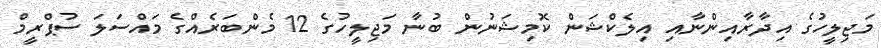
މަޖިލީހުގެ އިދާރާއިންނާއި އިލެކްޝަން ކޮމިޝަނުން ބުނާ މަޖިލީހުގެ 12 މެންބަރެއްގެ މައްސަލަ ސުޕްރީމް